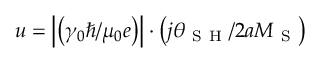
u = \left| \left( \gamma _ { 0 } \hbar / \mu _ { 0 } e \right) \right| \cdot \left( j \theta _ { \mathrm { ~ S ~ H ~ } } / 2 a M _ { \mathrm { ~ S ~ } } \right)